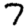
Digit: 7